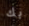
بك